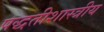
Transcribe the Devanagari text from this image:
पद्धतीशास्त्रीय